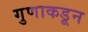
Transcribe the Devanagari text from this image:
गुणाकडून